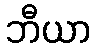
ဘီယာ